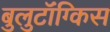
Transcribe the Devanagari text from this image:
बुलुटॉंग्किस